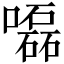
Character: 𡂳